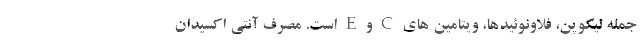
جمله لیکوپن، فلاونوئیدها، ویتامین های C و E است. مصرف آنتی اکسیدان